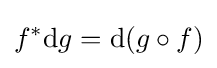
f^{*}\mathrm {d} g=\mathrm {d} (g\circ f)